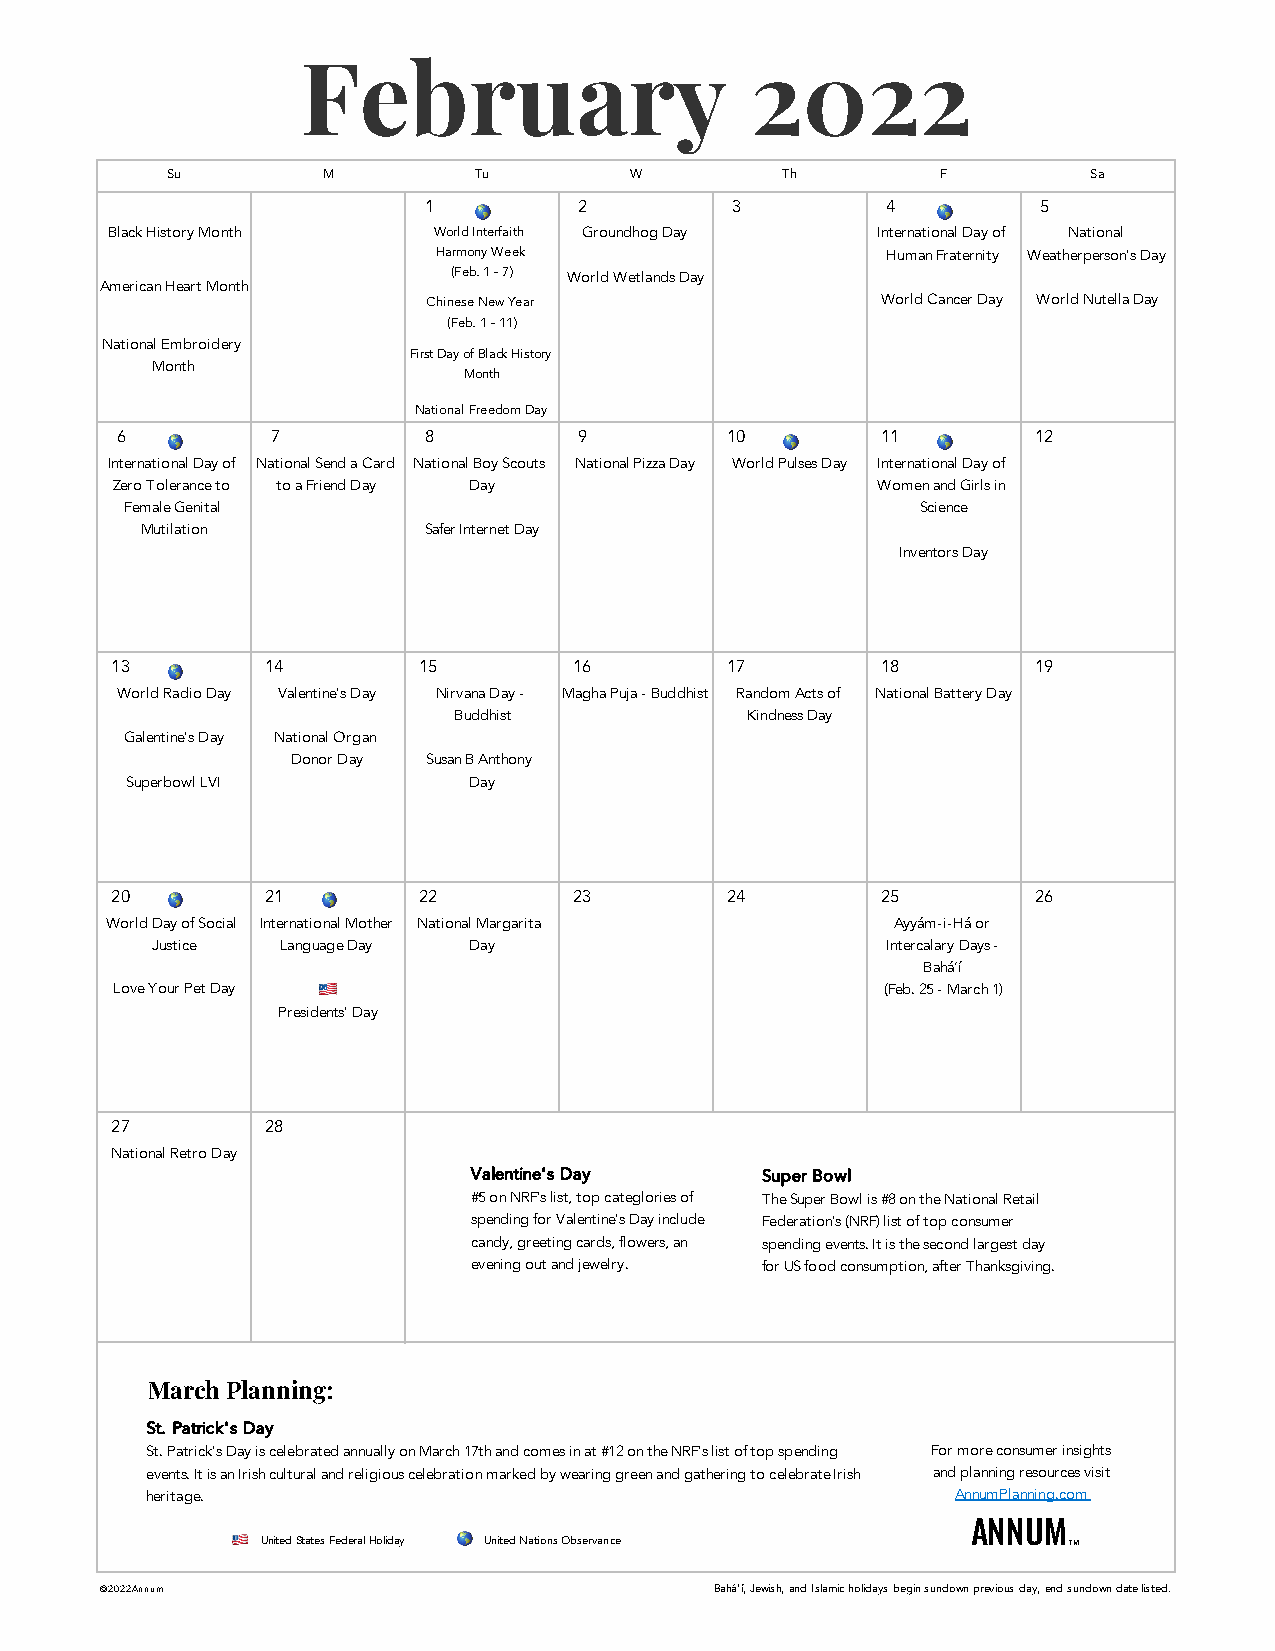
February                      2022
 Su        M         Tu         W         Th        F         Sa
 1         2         3          4         5
 🌎                             🌎
 Black History Month   World Interfaith Groundhog Day International Day of National
 Harmony Week                  Human Fraternity Weatherperson's Day
 (Feb. 1 - 7) World Wetlands Day
 American Heart Month
 Chinese New Year              World Cancer Day World Nutella Day
 (Feb. 1 - 11)
 National Embroidery
 First Day of Black History
 Month
 Month
 National Freedom Day
 6         7         8         9         10        11        12
 🌎                                        🌎         🌎
 International Day of National Send a Card National Boy Scouts National Pizza Day World Pulses Day International Day of
 Zero Tolerance to to a Friend Day Day              Women and Girls in
 Female Genital                                       Science
 Mutilation         Safer Internet Day
 Inventors Day
 13         14        15        16        17        18        19
 🌎
 World Radio Day Valentine's Day Nirvana Day - Magha Puja - Buddhist Random Acts of National Battery Day
 Buddhist           Kindness Day
 Galentine's Day National Organ
 Donor Day Susan B Anthony
 Superbowl LVI          Day
 20
 🌎
 21
 🌎
 22        23        24        25        26
 World Day of Social International Mother National Margarita Ayyám-i-Há or
 Justice  Language Day Day                        Intercalary Days -
 Bahá’í
 Love Your Pet Day 🇺🇸                                (Feb. 25 - March 1)
 Presidents' Day
 27         28
 National Retro Day
 Valentine's Day    Super Bowl
 #5 on NRF's list, top categlories of The Super Bowl is #8 on the National Retail
 spending for Valentine's Day include Federation's (NRF) list of top consumer
 candy, greeting cards, flowers, an spending events. It is the second largest day
 evening out and jewelry. for US food consumption, after Thanksgiving.
 March Planning:
 St. Patrick's Day
 St. Patrick's Day is celebrated annually on March 17th and comes in at #12 on the NRF's list of top spending For more consumer insights
 events. It is an Irish cultural and religious celebration marked by wearing green and gathering to celebrate Irish and planning resources visit
 heritage.                                            AnnumPlanning.com
 ANNUM
 🇺🇸 United States Federal Holiday 🌎 United Nations Observance TM
 © 2022 Annum                            Bahá’í, Jewish, and Islamic holidays begin sundown previous day, end sundown date listed.